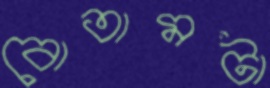
বোতামটা